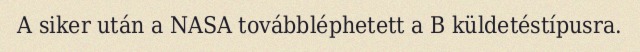
A siker után a NASA továbbléphetett a B küldetéstípusra.